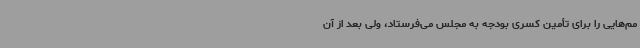
مم‌هایی را برای تأمین کسری بودجه به مجلس می‌فرستاد، ولی بعد از آن